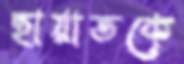
হায়াতকে